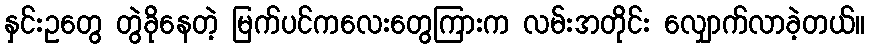
နှင်းဥတွေ တွဲခိုနေတဲ့ မြက်ပင်ကလေးတွေကြားက လမ်းအတိုင်း လျှောက်လာခဲ့တယ်။